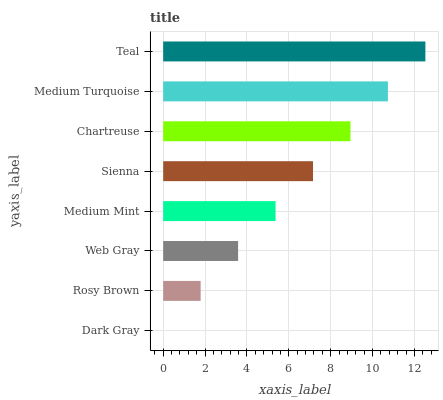
| yaxis_label | bars |
 | --- | --- |
 | Dark Gray | 0 |
 | Rosy Brown | 1.79 |
 | Web Gray | 3.58 |
 | Medium Mint | 5.37 |
 | Sienna | 7.16 |
 | Chartreuse | 8.95 |
 | Medium Turquoise | 10.7 |
 | Teal | 12.5 |